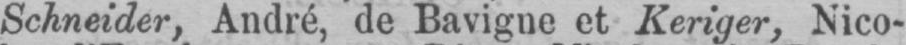
Schneider, André, de Bavigne et Keriger, Nico-